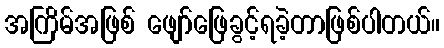
အကြိမ်အဖြစ် ဖျော်ဖြေခွင့်ရခဲ့တာဖြစ်ပါတယ်။